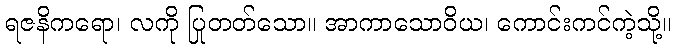
ရဇနိကရော၊ လကို ပြုတတ်သော။ အာကာသောဝိယ၊ ကောင်းကင်ကဲ့သို့။